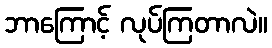
ဘာကြောင့် လုပ်ကြတာလဲ။